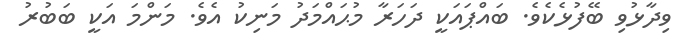
ވިދާޅުވި ބޭފުޅެކެވެ. ބައްޕައަކީ ދަހަރާ މުޙައްމަދު މަނިކު އެވެ. މަންމަ އަކީ ބަބުރު